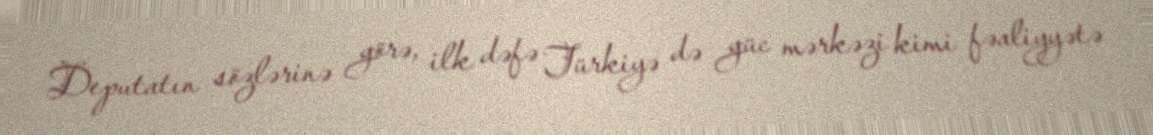
Deputatın sözlərinə görə, ilk dəfə Türkiyə də güc mərkəzi kimi fəaliyyətə